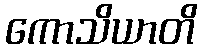
ကောသိယာတိ